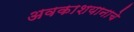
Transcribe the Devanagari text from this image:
अवकाशयानाचे